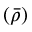
\left( \Bar \rho \right)